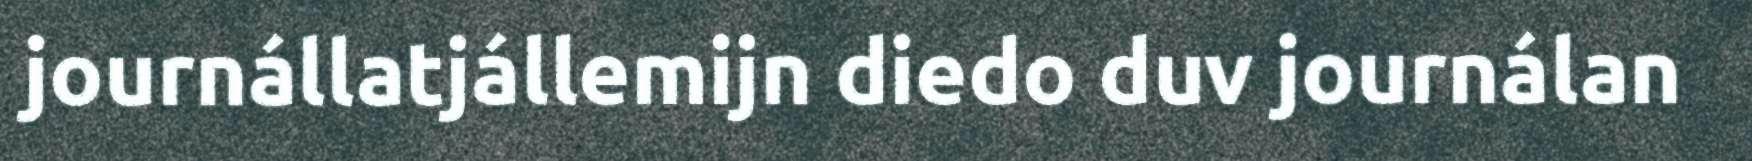
journállatjállemijn diedo duv journálan